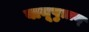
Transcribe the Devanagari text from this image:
वायूपुत्राज्